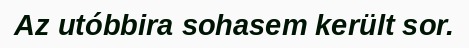
Az utóbbira sohasem került sor.